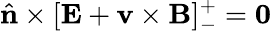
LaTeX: \hat{\mathbf{n}}\times[\mathbf{E}+\mathbf{v}\times\mathbf{B}]_{-}^{+}=\mathbf{0}